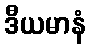
ဒီယမာနံ